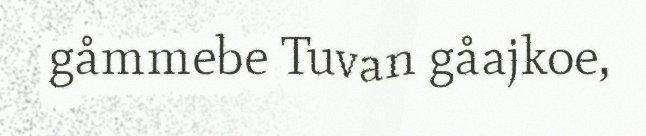
gåmmebe Tuvan gåajkoe,